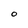
Character: O